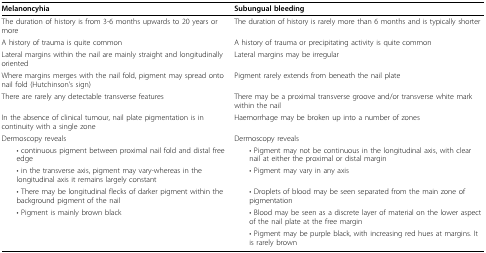
| Melanoncyhia | Subungual bleeding |
 | --- | --- |
 | The duration of history is from 3-6 months upwards to 20 years or more | The duration of history is rarely more than 6 months and is typically shorter |
 | A history of trauma is quite common | A history of trauma or precipitating activity is quite common |
 | Lateral margins within the nail are mainly straight and longitudinally oriented | Lateral margins may be irregular |
 | Where margins merges with the nail fold, pigment may spread onto nail fold (Hutchinson's sign) | Pigment rarely extends from beneath the nail plate |
 | There are rarely any detectable transverse features | There may be a proximal transverse groove and/or transverse white mark within the nail |
 | In the absence of clinical tumour, nail plate pigmentation is in continuity with a single zone | Haemorrhage may be broken up into a number of zones |
 | Dermoscopy reveals | Dermoscopy reveals |
 | • continuous pigment between proximal nail fold and distal free edge | • Pigment may not be continuous in the longitudinal axis, with clear nail at either the proximal or distal margin |
 | • in the transverse axis, pigment may vary-whereas in the longitudinal axis it remains largely constant | • Pigment may vary in any axis |
 | • There may be longitudinal flecks of darker pigment within the background pigment of the nail | • Droplets of blood may be seen separated from the main zone of pigmentation |
 | • Pigment is mainly brown black | • Blood may be seen as a discrete layer of material on the lower aspect of the nail plate at the free margin |
 |  | • Pigment may be purple black, with increasing red hues at margins. It is rarely brown |